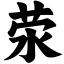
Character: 荥